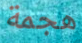
هجمة